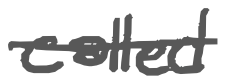
Text: called
Cross-out: single-line
Writing tool: digital_gray